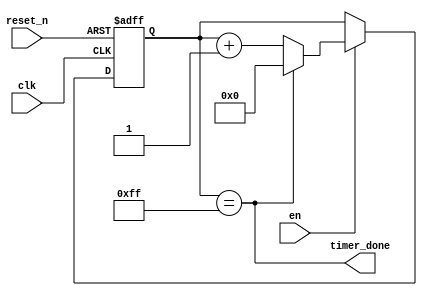
module timer_parameterized
    #(parameter end_at = 255)
    (
    input clk,
    input reset_n,
    input en,
    // output [BITS - 1 : 0] Q,
    output timer_done
    );
    
    localparam BITS = $clog2(end_at);
    
    reg [BITS - 1 : 0] Q_reg, Q_next;
    
    always @(posedge clk, negedge reset_n)
    begin
        if (~reset_n)
            Q_reg <= 'b0;
        else if(en)
            Q_reg <= Q_next;
        else
            Q_reg <= Q_reg;
    end
    
    // Next state logic  
    always @(*)
        Q_next = timer_done? 'b0: Q_reg + 1;
        
    // Output logic
    assign timer_done = (Q_reg == end_at);
    // assign Q = Q_reg;
    
endmodule